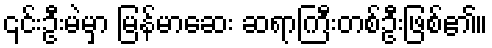
၎င်းဦးမဲမှာ မြန်မာဆေး ဆရာကြီးတစ်ဦးဖြစ်၏။